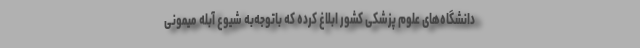
دانشگاه‌های علوم پزشکی کشور ابلاغ کرده که باتوجه‌به شیوع آبله میمونی